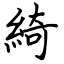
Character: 綺